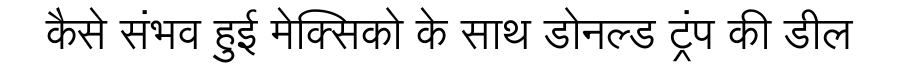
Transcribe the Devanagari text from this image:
कैसे संभव हुई मेक्सिको के साथ डोनल्ड ट्रंप की डील